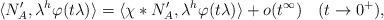
LaTeX: \begin{align*}\langle N_A', \lambda^h\varphi(t\lambda)\rangle=\langle \chi\ast N_A', \lambda^h\varphi(t\lambda)\rangle+o(t^{\infty})\ \ \ (t\rightarrow0^+), \end{align*}